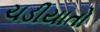
ચડીયાતો